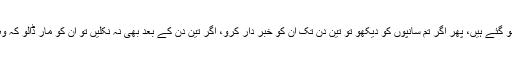
پھر فرمایا کہ مدینہ میں جن رہتے ہیں جو مسلمان ہو گئے ہیں، پھر اگر تم سانپوں کو دیکھو تو تین دن تک ان کو خبر دار کرو، اگر تین دن کے بعد بھی نہ نکلیں تو ان کو مار ڈالو کہ وہ شیطان ہیں (یعنی کافر جن ہیں یا شریر سانپ ہیں)۔